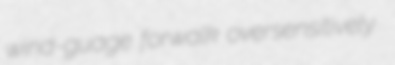
wind-guage forwalk oversensitively